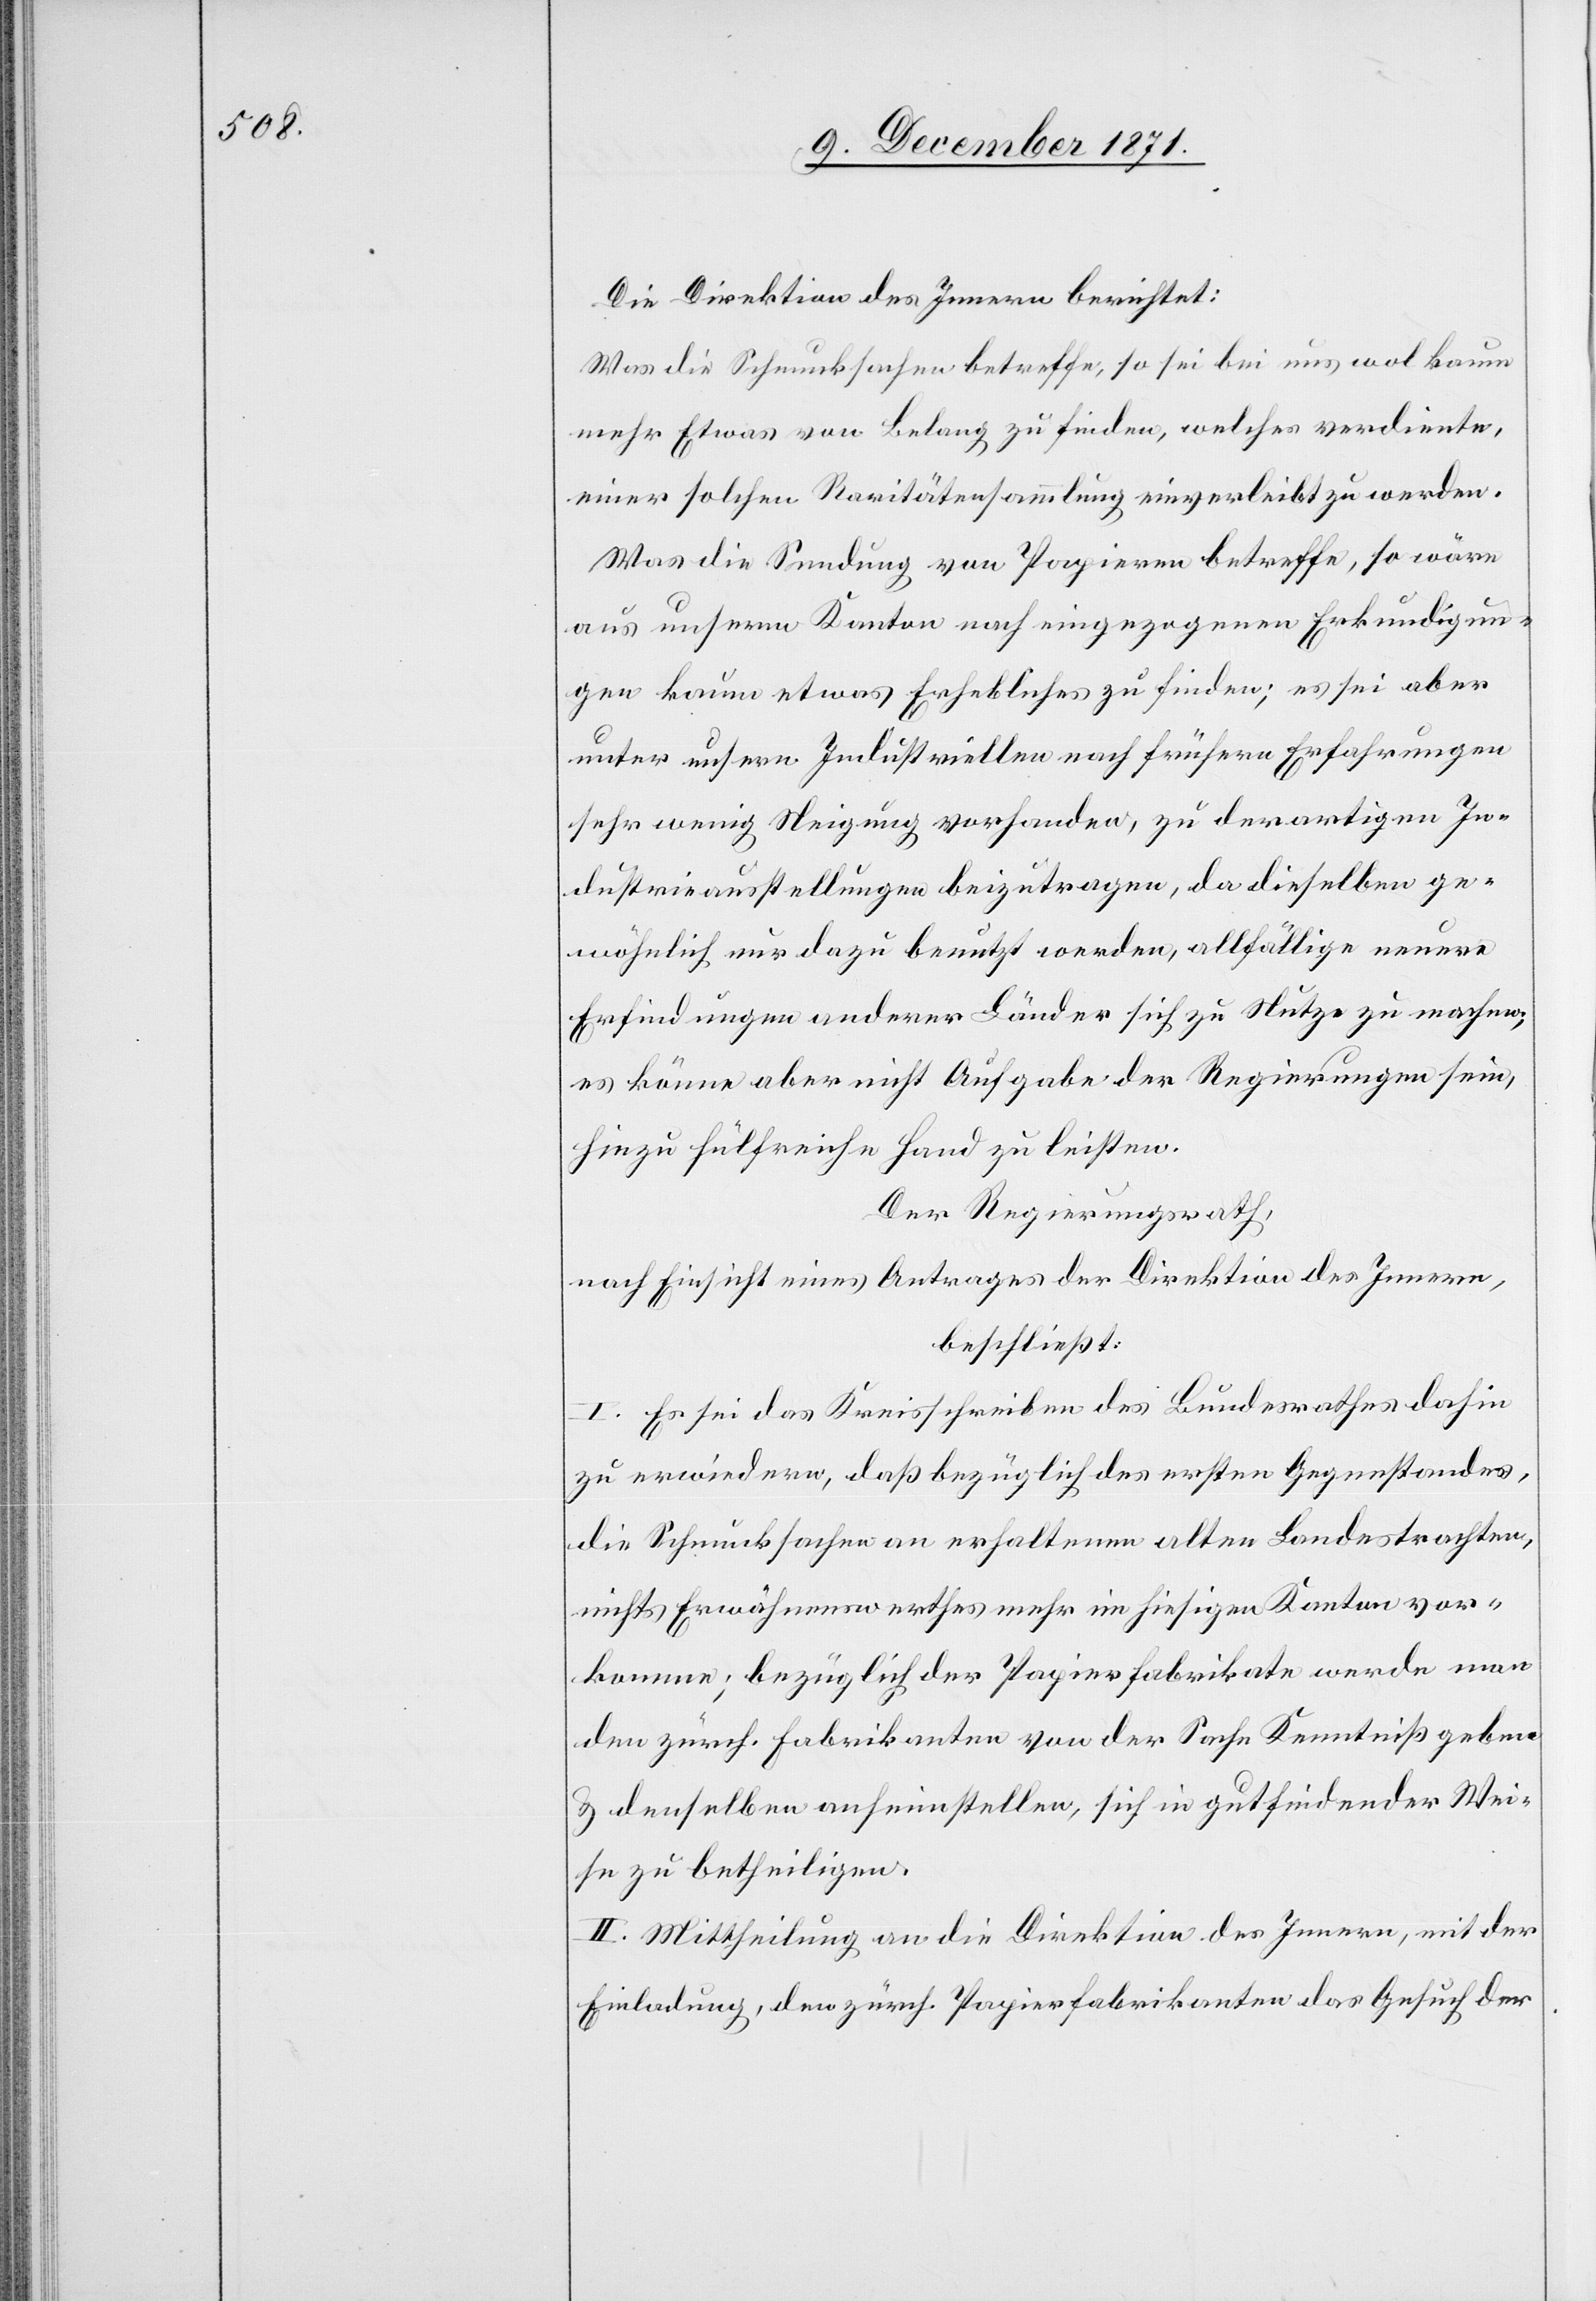
Die Direktion des Innern berichtet:
was die Schmucksachen betreffe, so sei bei uns wol kaum
mehr Etwas von Belang zu finden, welches verdiente,
einer solchen Raritätensammlung einverleibt zu werden.
Was die Sendung von Papieren betreffe, so wäre
aus unserm Kanton nach eingezogenen Erkundigun¬
gen kaum etwas Erhebliches zu finden; es sei aber
unter unsern Industriellen nach früheren Erfahrungen
sehr wenig Neigung vorhanden, zu derartigen In¬
dustrieausstellungen beizutragen, da dieselben ge¬
wöhnlich nur dazu benutzt werden, allfällige neue
Erfindungen anderer Länder sich zu Nutze zu machen;
es könne aber nicht Aufgabe der Regierungen sein,
hiezu hülfreiche Hand zu leisten.
Der Regierungsrath,
nach Einsicht eines Antrages der Direktion des Innern,
beschließt:
I. Es sei das Kreisschreiben des Bundesrathes dahin
zu erwiedern, daß bezüglich des ersten Gegenstandes,
die Schmucksachen an erhaltenen alten Landestrachten,
nichts Erwähnenswerthes mehr im hiesigen Kanton vor¬
komme; bezüglich der Papierfabrikate werde man
den zürch. Fabrikanten von der Sache Kenntniß geben
& denselben anheim stellen, sich in gutfindender Wei¬
se zu betheiligen.
II. Mittheilung an die Direktion des Innern, mit der
Einladung, den zürch. Papierfabrikanten das Gesuch der